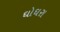
ઘોઘરા